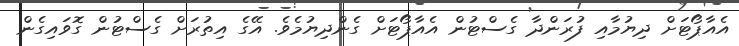
އެއާޕޯޓަށް ދިޔުމާއި ފުރަންދާ ގެސްޓުން އެއާޕޯޓަށް ގެންދިޔުމެވެ. އޭގެ އިތުރަށް ގެސްޓުން ގޮވައިގެން